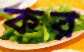
কর